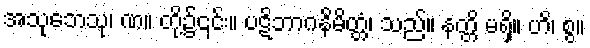
အသုဘေသု၊ ဏ။ တို့၌၎င်း။ ပဋိဘာဂနိမိတ္တံ၊ သည်။ နတ္တိ မရှိ။ ဟိ၊ စွ။